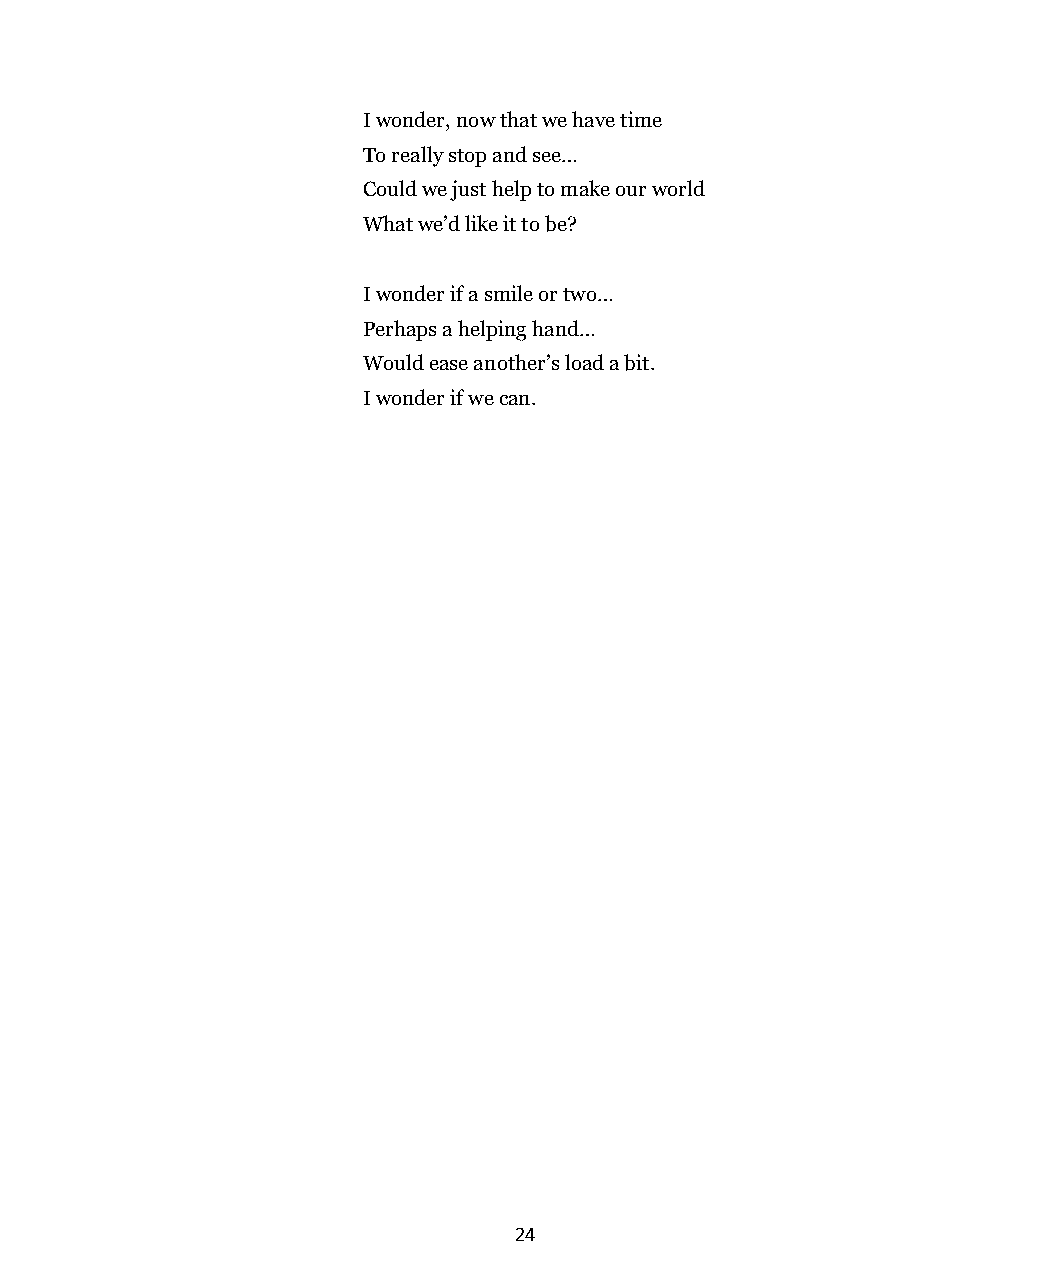
I wonder, now that we have time
 To really stop and see…
 Could we just help to make our world
 What we’d like it to be?
 I wonder if a smile or two…
 Perhaps a helping hand…
 Would ease another’s load a bit.
 I wonder if we can.
 24